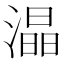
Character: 𭲟